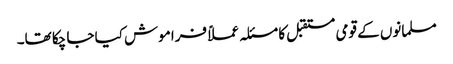
مسلمانوں کے قومی مستقبل کا مسئلہ عملاً فراموش کیا جا چکا تھا۔